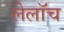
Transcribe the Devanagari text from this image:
लेलॉच